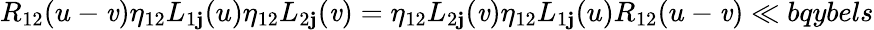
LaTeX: {R}_{12}(u-\mathit{v})\eta_{12}L_{1\mathbf{j}}(u)\eta_{12}L_{2\mathbf{j}}(\mathit{v})=\eta_{12}L_{2\mathbf{j}}(\mathit{v})\eta_{12}L_{1\mathbf{j}}(u){R}_{12}(u-\mathit{v})\ll{bqybels}